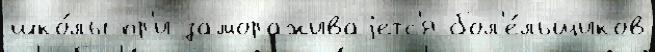
шко́лы пр'и замораживаjетс'я бол'е́льщиков